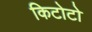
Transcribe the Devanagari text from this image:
किटोटो